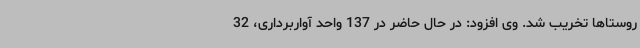
روستاها تخریب شد. وی افزود: در حال حاضر در 137 واحد آواربرداری، 32